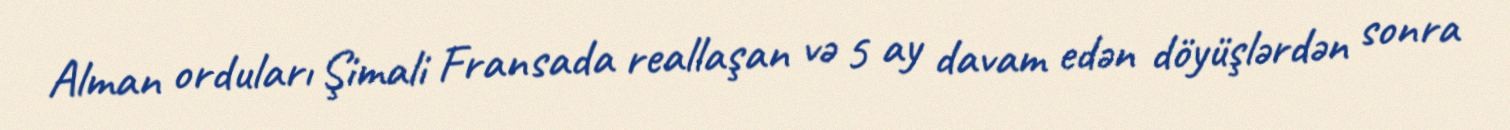
Alman orduları Şimali Fransada reallaşan və 5 ay davam edən döyüşlərdən sonra